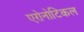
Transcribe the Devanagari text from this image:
एरोनोटिकल